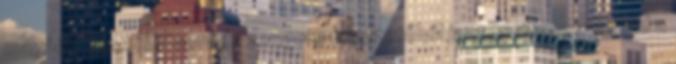
magáért beszél. Csendes zongora felvezetőből jazzes ritmussal indul a